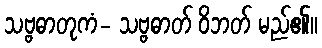
သဗ္ဗဓာတုကံ- သဗ္ဗဓာတ် ဝိဘတ် မည်၏။